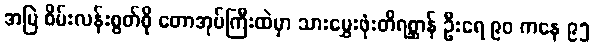
အမြဲ စိမ်းလန်းစွတ်စို တောအုပ်ကြီးထဲမှာ သားမွှေးဖုံးတိရစ္ဆာန် ဦးရေ ၉၀ ကနေ ၉၅